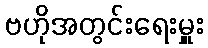
ဗဟိုအတွင်းရေးမှူး